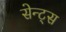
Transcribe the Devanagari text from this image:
सेन्ट्स